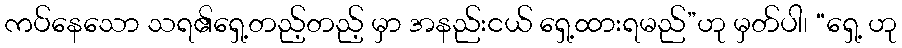
ကပ်နေသော သရ၏ရှေ့တည့်တည့် မှာ အနည်းငယ် ရှေ့ထားရမည်”ဟု မှတ်ပါ၊ “ရှေ့ ဟု